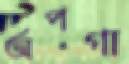
অপগা